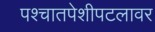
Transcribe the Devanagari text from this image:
पश्चातपेशीपटलावर